Leaving Certificate Examination, 1922
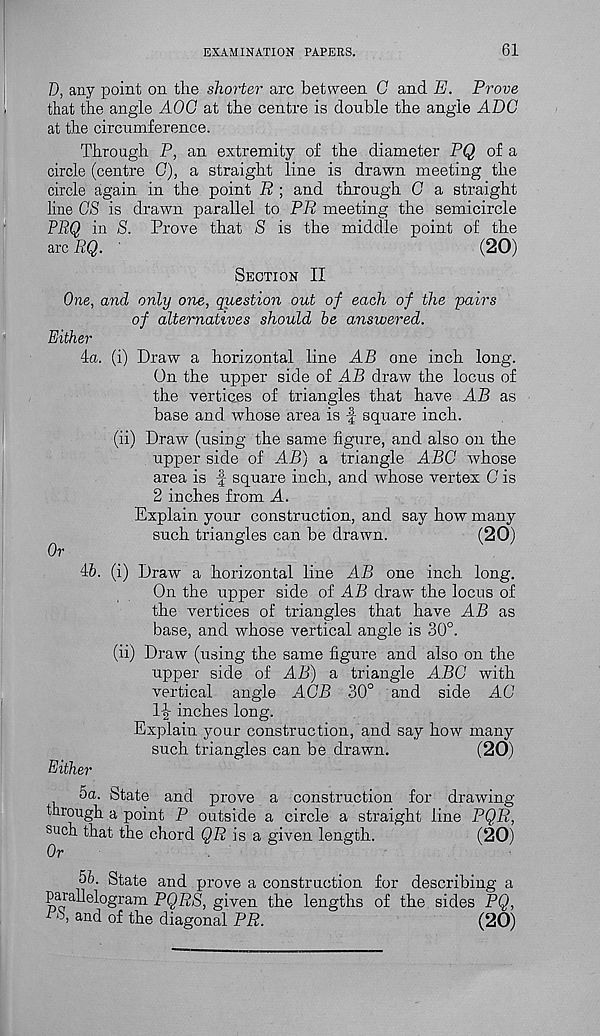
EXAMINATION PAPERS.
61
D, any point on the shorter arc between G and E. Prove
that the angle AGO at the centre is double the angle ADC
at the circumference.
Through P, an extremity of the diameter PQ of a
circle (centre G), a straight line is drawn meeting the
circle again in the point R ; and through G a straight
line OS is drawn parallel to PR meeting the semicircle
PRQ in S. Prove that S is the middle point of the
arc RQ. '
(20)
Section II
One, and only one, question out of each of the 'pairs
of alternatives should he answered.
Either
4a. (i) Draw a horizontal line AB one inch long.
On the upper side of AB draw the locus of
the vertices of triangles that have AB as
base and whose area is f square inch.
(ii) Draw (using the same figure, and also on the
upper side of AB) a triangle ABC whose
area is f square inch, and whose vertex G is
2 inches from A.
Explain your construction, and say how many
such triangles can he drawn.
(20)
Or
46. (i) Draw a horizontal line AB one inch long.
On the upper side of AB draw the locus of
the vertices of triangles that have AB as
base, and whose vertical angle is 30°.
(ii) Draw (using the same figure and also on the
upper side of AB) a triangle ABC with
vertical angle AGB 30° and side AG
l-g- inches long.
Explain your construction, and say how many
such triangles can be drawn.
(20)
Either
5a. State and prove a construction for drawing
through a point P outside a circle a straight line PQR,
such that the chord QR is a given length.
(20)
Or
56. State and prove a construction for describing a
parallelogram PQRS, given the lengths of the sides PQ,
/ 5 < and of the diagonal PR.
(20)